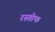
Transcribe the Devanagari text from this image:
रस्तोफ